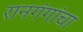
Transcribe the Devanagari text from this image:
रानगंगांचा